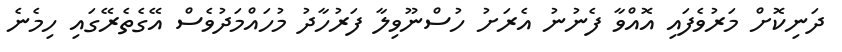
ދަނިކޮށް މަރުވެފައި އޮއްވާ ފެނުނު އެރަށު ހުސްނޫވިލާ ފަރުހާދު މުހައްމަދުވެސް އޭގެތެރޭގައި ހިމެނެ